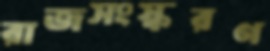
রাজসংস্করণ